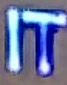
IT